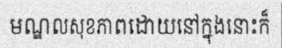
មណ្ឌលសុខភាពដោយនៅក្នុងនោះក៏